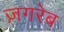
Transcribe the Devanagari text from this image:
ज़गरेब